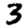
Digit: 3